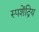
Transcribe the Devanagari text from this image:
स्पशेंद्रिय